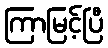
ကြာမြင့်ပြီ